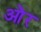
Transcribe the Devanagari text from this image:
आ॓र